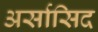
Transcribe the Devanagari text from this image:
अर्सासिद